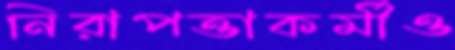
নিরাপত্তাকর্মীও